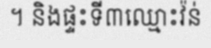
។ និងផ្ទះទី៣ឈ្មោះវ៉ន់